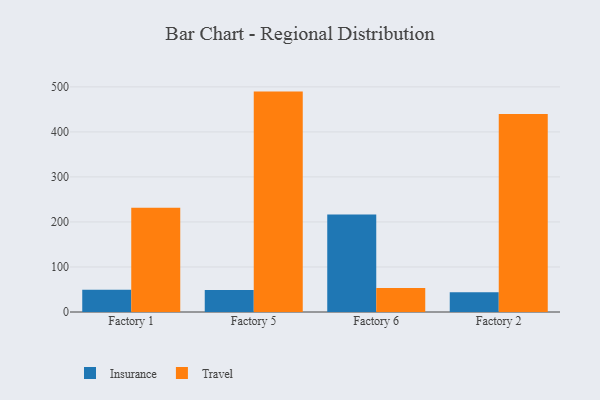
{"axis": {"x": "Factory", "y": "Inventory Turnover"}, "legend": ["Insurance", "Travel"], "data": [{"x": "Factory 1", "y": 49.3, "type": "Insurance"}, {"x": "Factory 1", "y": 231.3, "type": "Travel"}, {"x": "Factory 5", "y": 49.1, "type": "Insurance"}, {"x": "Factory 5", "y": 489.5, "type": "Travel"}, {"x": "Factory 6", "y": 216.6, "type": "Insurance"}, {"x": "Factory 6", "y": 53.3, "type": "Travel"}, {"x": "Factory 2", "y": 44.0, "type": "Insurance"}, {"x": "Factory 2", "y": 439.8, "type": "Travel"}]}